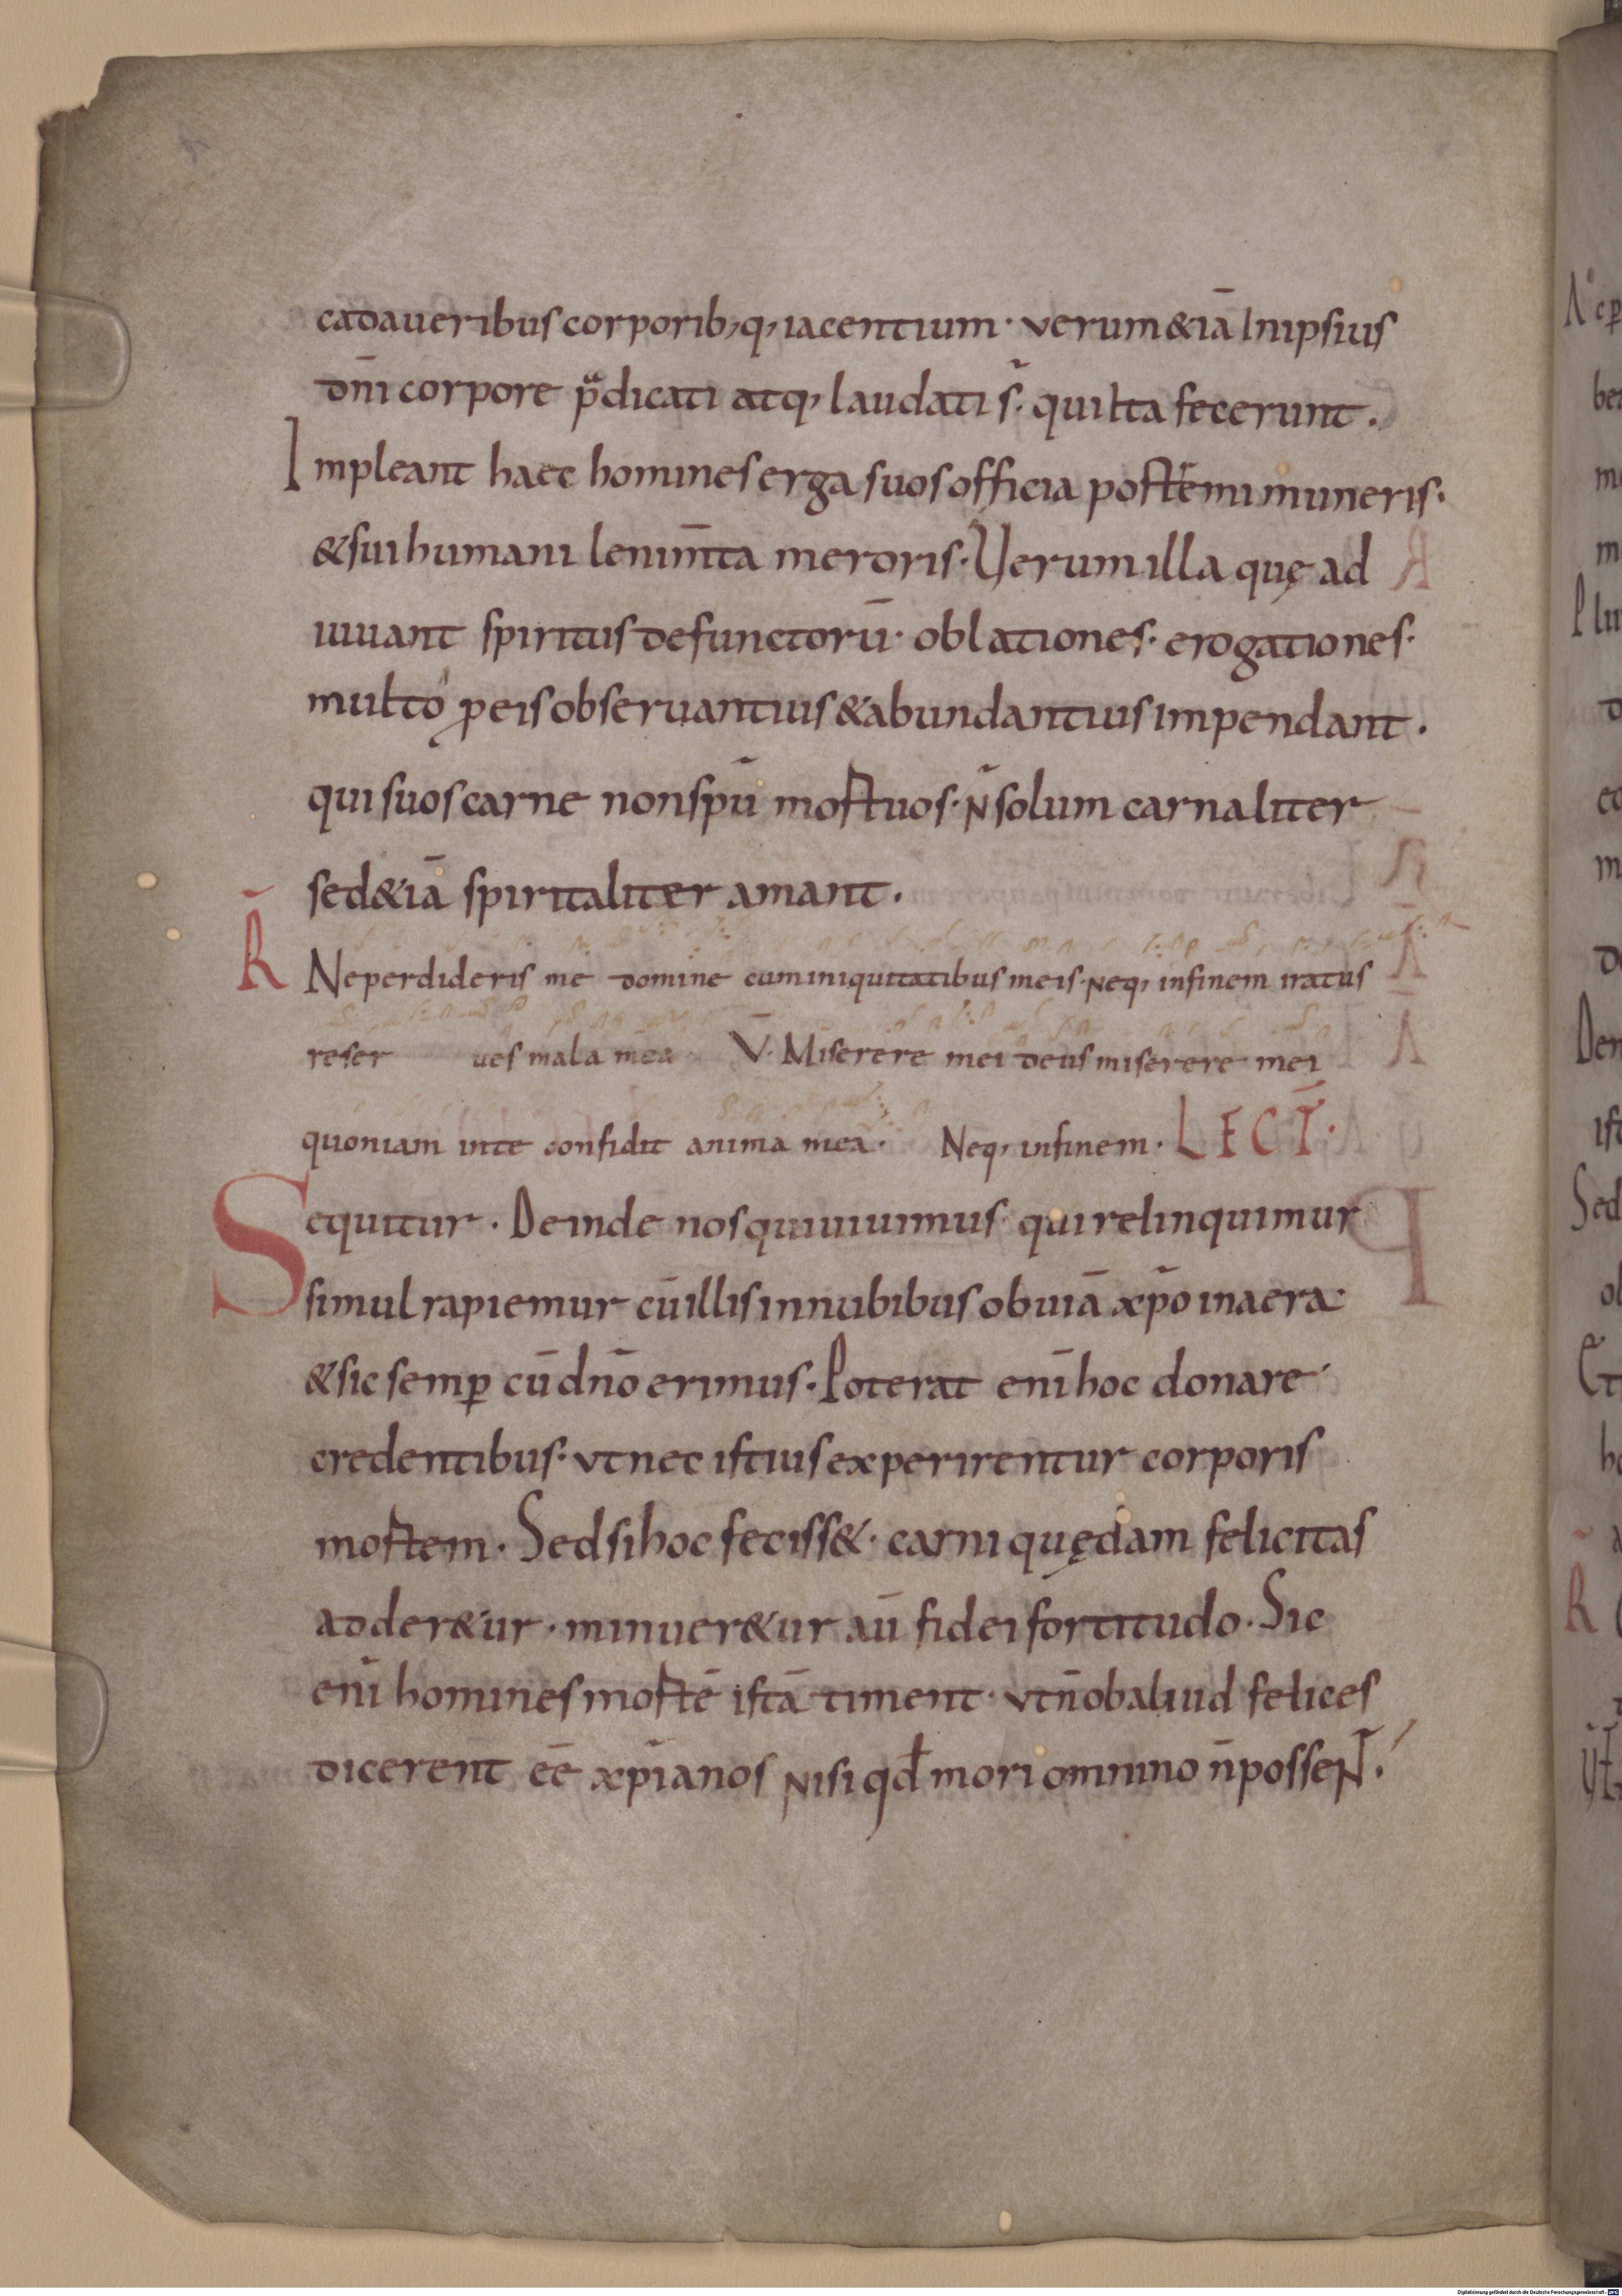
Shelfmark: Munich, Bayerische Staatsbibliothek, Clm 6431
Century: 10